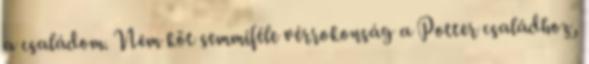
a családom. Nem köt semmiféle vérrokonság a Potter családhoz,